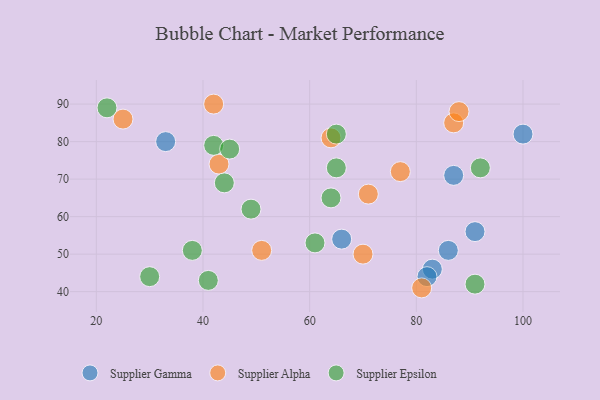
{"axis": {"x": "GDP", "y": "Life Expectancy"}, "legend": ["Supplier Alpha", "Supplier Epsilon", "Supplier Gamma"], "data": [{"x": "83", "y": 46, "type": "Supplier Gamma"}, {"x": "33", "y": 80, "type": "Supplier Gamma"}, {"x": "86", "y": 51, "type": "Supplier Gamma"}, {"x": "100", "y": 82, "type": "Supplier Gamma"}, {"x": "66", "y": 54, "type": "Supplier Gamma"}, {"x": "91", "y": 56, "type": "Supplier Gamma"}, {"x": "87", "y": 71, "type": "Supplier Gamma"}, {"x": "82", "y": 44, "type": "Supplier Gamma"}, {"x": "51", "y": 51, "type": "Supplier Alpha"}, {"x": "42", "y": 90, "type": "Supplier Alpha"}, {"x": "81", "y": 41, "type": "Supplier Alpha"}, {"x": "64", "y": 81, "type": "Supplier Alpha"}, {"x": "71", "y": 66, "type": "Supplier Alpha"}, {"x": "77", "y": 72, "type": "Supplier Alpha"}, {"x": "25", "y": 86, "type": "Supplier Alpha"}, {"x": "43", "y": 74, "type": "Supplier Alpha"}, {"x": "87", "y": 85, "type": "Supplier Alpha"}, {"x": "70", "y": 50, "type": "Supplier Alpha"}, {"x": "88", "y": 88, "type": "Supplier Alpha"}, {"x": "22", "y": 89, "type": "Supplier Epsilon"}, {"x": "64", "y": 65, "type": "Supplier Epsilon"}, {"x": "49", "y": 62, "type": "Supplier Epsilon"}, {"x": "44", "y": 69, "type": "Supplier Epsilon"}, {"x": "65", "y": 73, "type": "Supplier Epsilon"}, {"x": "42", "y": 79, "type": "Supplier Epsilon"}, {"x": "30", "y": 44, "type": "Supplier Epsilon"}, {"x": "92", "y": 73, "type": "Supplier Epsilon"}, {"x": "91", "y": 42, "type": "Supplier Epsilon"}, {"x": "65", "y": 82, "type": "Supplier Epsilon"}, {"x": "45", "y": 78, "type": "Supplier Epsilon"}, {"x": "41", "y": 43, "type": "Supplier Epsilon"}, {"x": "38", "y": 51, "type": "Supplier Epsilon"}, {"x": "61", "y": 53, "type": "Supplier Epsilon"}]}